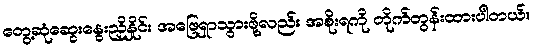
တွေ့ဆုံဆွေးနွေးညှိနှိုင်း အဖြေရှာသွားဖို့လည်း အစိုးရကို တိုက်တွန်းထားပါတယ်။